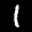
Label: 1